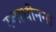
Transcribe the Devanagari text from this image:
स्वाधीनना